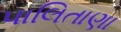
પાલિતાણા